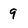
Character: 9